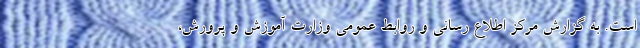
است. به گزارش مرکز اطلاع رسانی و روابط عمومی وزارت آموزش و پرورش،